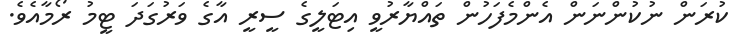
ކުރަން ނުކުންނަން އެންމެފަހުން ތައްޔާރުވީ އިޓަލީގެ ސީރީ އާގެ ވަރުގަދަ ޓީމު ރޯމާއެވެ.